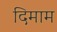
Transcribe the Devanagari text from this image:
दिमाम